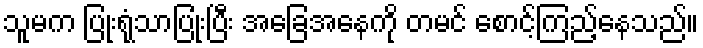
သူမက ပြုံးရုံသာပြုံးပြီး အခြေအနေကို တမင် စောင့်ကြည့်နေသည်။